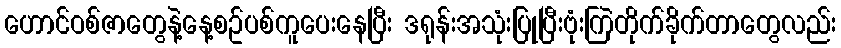
ဟောင်ဝစ်ဇာတွေနဲ့နေ့စဥ်ပစ်ကူပေးနေပြီး ဒရုန်းအသုံးပြုပြီးဗုံးကြဲတိုက်ခိုက်တာတွေလည်း